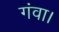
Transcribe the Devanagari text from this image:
गंवा।